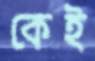
কেই